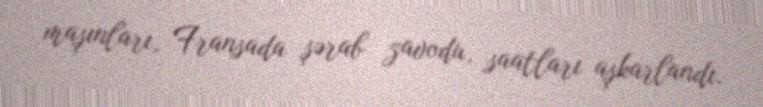
maşınları, Fransada şərab zavodu, saatları aşkarlandı.